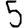
Digit: 5